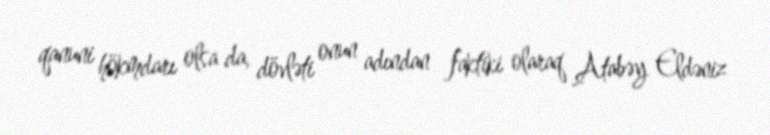
qanuni hökmdarı olsa da, dövləti onun adından faktiki olaraq Atabəy Eldəniz